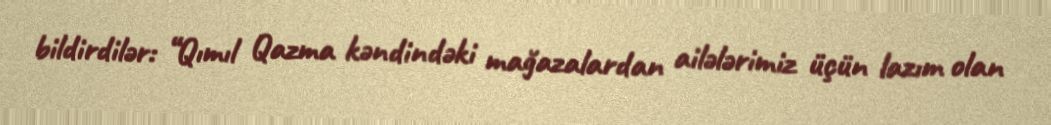
bildirdilər: “Qımıl Qazma kəndindəki mağazalardan ailələrimiz üçün lazım olan